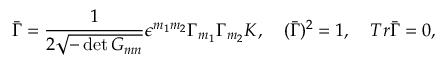
\bar { \Gamma } = { \frac { 1 } { 2 \sqrt { - \operatorname * { d e t } { G _ { m n } } } } } \epsilon ^ { m _ { 1 } m _ { 2 } } \Gamma _ { m _ { 1 } } \Gamma _ { m _ { 2 } } { \cal K } , \quad ( \bar { \Gamma } ) ^ { 2 } = 1 , \quad T r \bar { \Gamma } = 0 ,